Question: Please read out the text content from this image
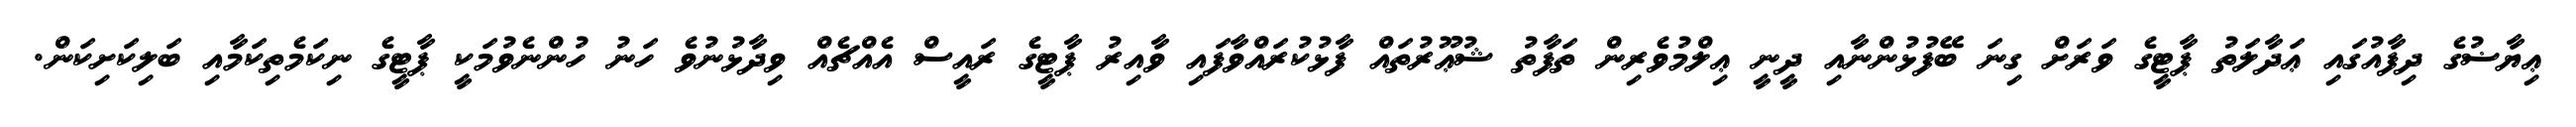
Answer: ޢިޔާޟުގެ ދިފާއުގައި ޢަދާލަތު ޕާޓީގެ ވަރަށް ގިނަ ބޭފުޅުންނާއި ދީނީ ޢިލްމުވެރިން ތަފާތު ޝުޢޫރުތައް ފާޅުކުރައްވާފައި ވާއިރު ޕާޓީގެ ރައީސް އެއްޗެއް ވިދާޅުނުވެ ހަނު ހުންނެވުމަކީ ޕާޓީގެ ނިކަމެތިކަމާއި ބަލިކަށިކަން.